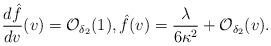
LaTeX: \begin{align*} \frac{d\hat{f}}{dv}(v)=\mathcal{O}_{\delta_2}(1),\hat{f}(v)=\frac{\lambda}{6\kappa^2}+\mathcal{O}_{\delta_2}(v).\end{align*}